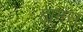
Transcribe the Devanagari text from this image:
ह्युमंस